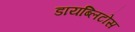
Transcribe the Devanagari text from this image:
डायब्लिटोस